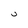
Character: U